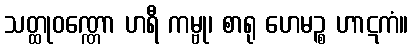
သတ္ထုဝဏ္ဏော ဟရီ ကမ္ဗု၊ စာရု ဟေမဉ္စ ဟာဋကံ။